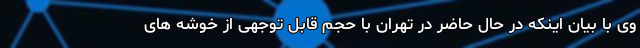
وی با بیان اینکه در حال حاضر در تهران با حجم قابل توجهی از خوشه های